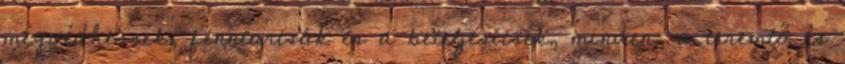
megvédhessék, fenntartsák és a beteljesítsék, minden, a teremtő és